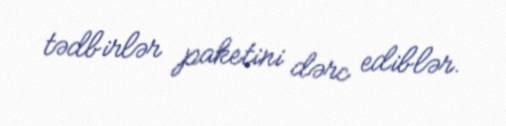
tədbirlər paketini dərc ediblər.